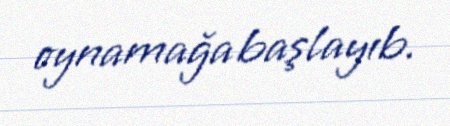
oynamağa başlayıb.